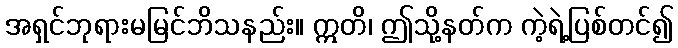
အရှင်ဘုရားမမြင်ဘိသနည်း။ ဣတိ၊ ဤသို့နတ်က ကဲ့ရဲ့ပြစ်တင်၍